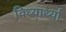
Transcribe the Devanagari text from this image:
विध्यार्थ्या